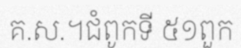
គ.ស.។ជំពូកទី ៥១ពួក